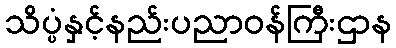
သိပ္ပံနှင့်နည်းပညာဝန်ကြီးဌာန